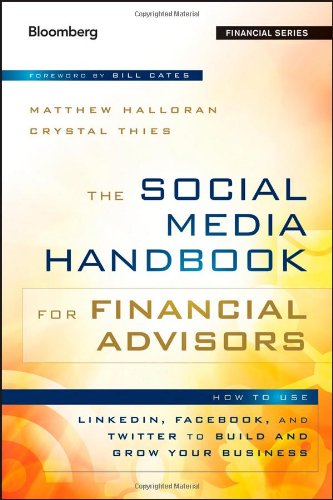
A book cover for The Social Media Handbook for Financial Advisors: How to Use LinkedIn, Facebook, and Twitter to Build and Grow Your Business; Matthew Halloran; Computers & Technology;